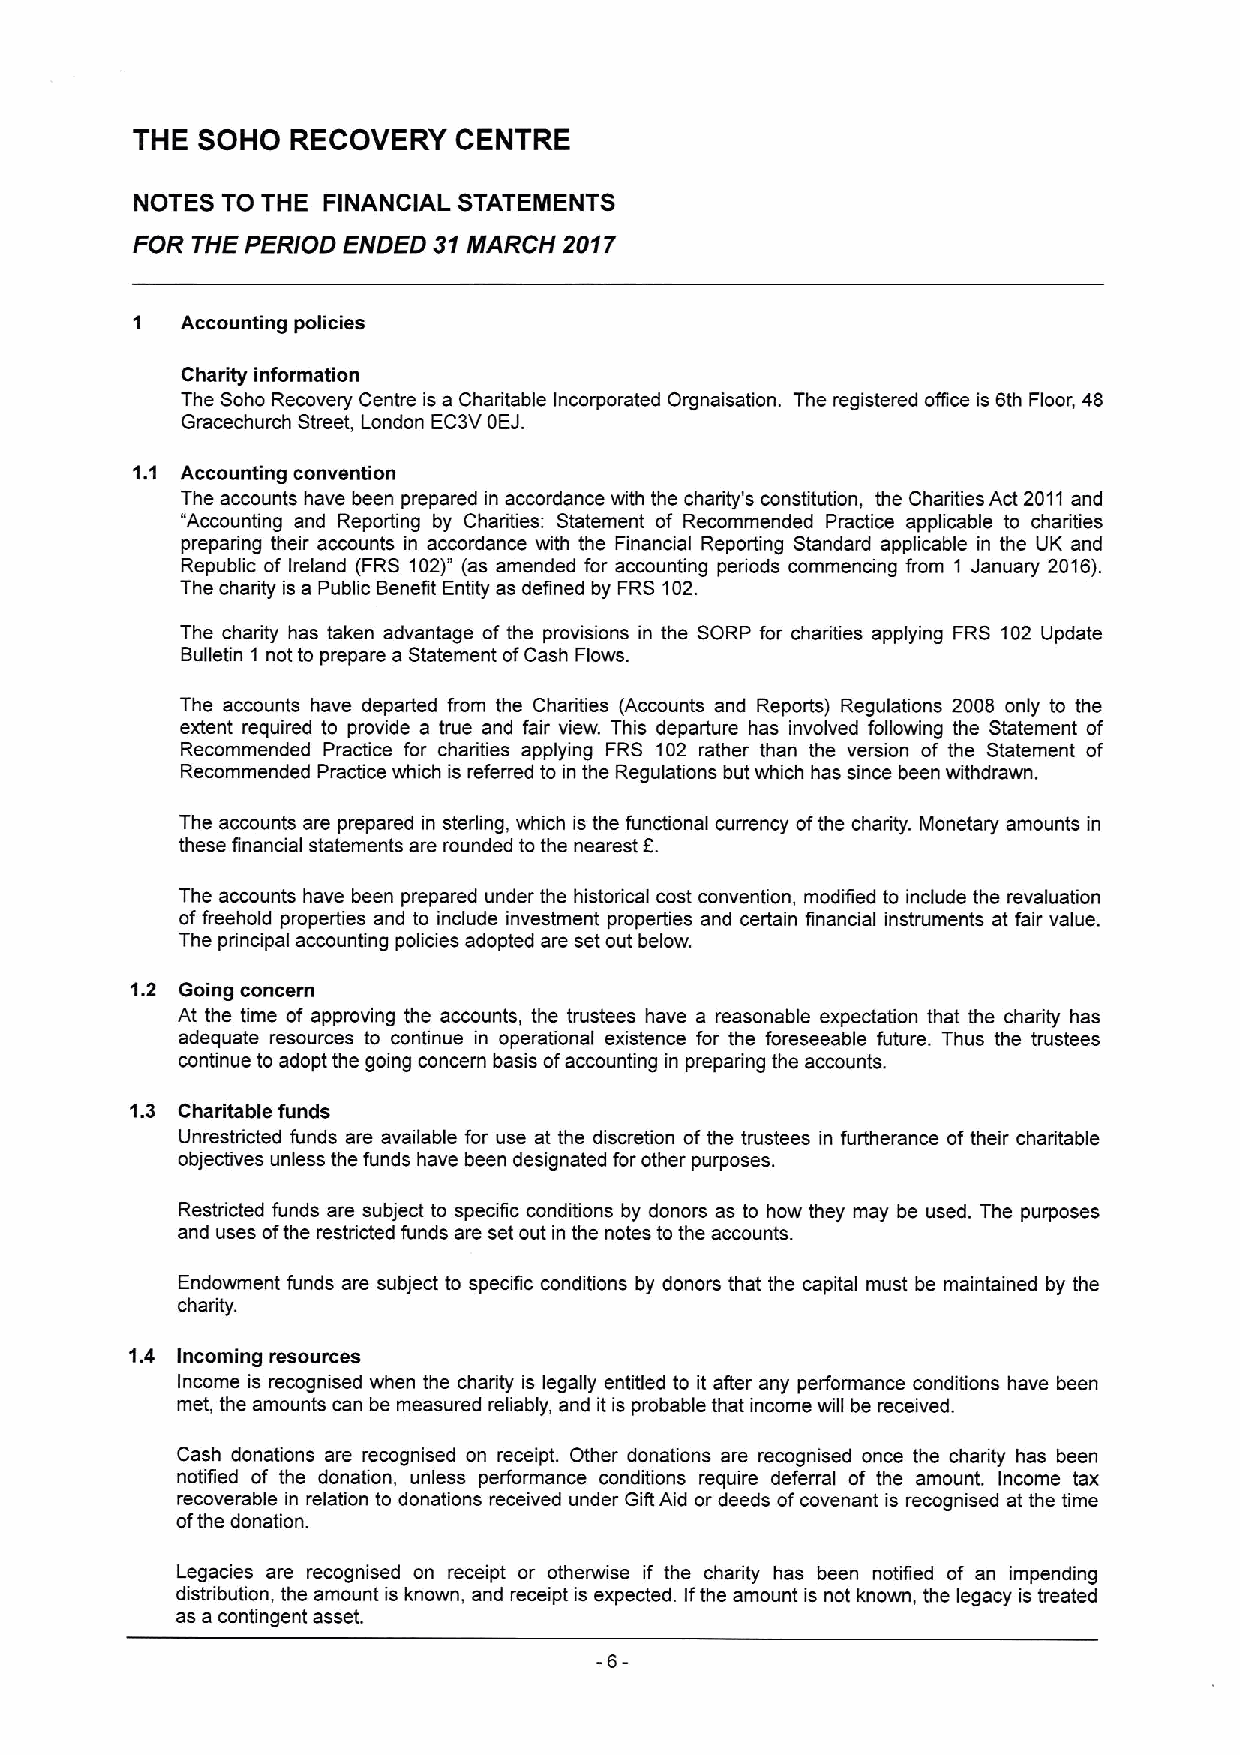
THE SOHO  RECOVERY   CENTRE
 NOTES TO THE FINANCIAL STATEMENTS
 FOR THE PERIOD ENDED 31MARCH 2017
 Accounting policies
 Charity information
 The Soho Recovery Centre is a Charitable Incorporated Orgnaisation. The registered oflice is 6th Floor, 48
 Gracechurch Street, London EC3VOEJ.
 Accounting convention
 The accounts have been prepared in accordance with the charity's constitution, the Charities Act 2011and
 "Accounting and Reporting by Charities: Statement of Recommended Practice applicable to charities
 preparing their accounts in accordance with the Financial Reporting Standard applicable in the UK and
 Republic of Ireland (FRS 102)"(as amended for accounting pediods commencing from 1 January 2016).
 The charity is a Public Benefit Entity as defined by FRS 102.
 The charity has taken advantage of the provisions in the SORP for charities applying FRS 102 Update
 Bulletin 1 not to prepare a Statement ofCash Flows.
 The accounts have departed from the Charities (Accounts and Reports) Regulations 2008 only to the
 extent required to provide a true and fair view. This departure has involved following the Statement of
 Recommended Practice for charities applying FRS 102 rather than the version of the Statement of
 Recommended Practice which is referred to in the Regulations but which has since been withdrawn.
 The accounts are prepared in sterling, which is the functional currency ofthe charity. Monetary amounts in
 these financial statements are rounded tothe nearest E.
 The accounts have been prepared under the historical cost convention, modified to include the revaluation
 offreehold properties and to include investment properties and certain financial instruments at fair value.
 The principal accounting policies adopted are set out below.
 1.2 Going concern
 At the time of approving the accounts, the trustees have a reasonable expectation that the charity has
 adequate resources to continue in operational existence for the foreseeable future. Thus the trustees
 continue to adopt the going concern basis ofaccounting in preparing the accounts.
 1.3 Charitable funds
 Unrestricted funds are available for use at the discretion ofthe trustees in furtherance oftheir charitable
 objectives unless the funds have been designated for other purposes.
 Restricted funds are subject to specific conditions by donors as to how they may be used. The purposes
 and uses ofthe restricted funds are set out in the notes to the accounts.
 Endowment funds are subject to specific conditions by donors that the capital must be maintained by the
 chadity.
 1.4 Incoming resources
 Income is recognised when the charity is legally entitled to it afier any performance conditions have been
 met, the amounts can be measured reliably, and it is probable that income will be received.
 Cash donations are recognised on receipt. Other donations are recognised once the charity has been
 notified of the donation, unless performance conditions require deferral of the amount. Income tax
 recoverable in relation to donations received under Gift Aid or deeds ofcovenant is recognised at the time
 ofthe donation.
 Legacies are recognised on receipt or otherwise if the charity has been notified of an impending
 distribution, the amount is known, and receipt is expected. Ifthe amount is not known, the legacy is treated
 as a contingent asset.